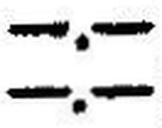
—.—